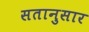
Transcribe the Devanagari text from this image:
सतानुसार